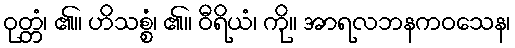
ဝုတ္တံ၊ ၏။ ဟိသစ္စံ၊ ၏။ ဝီရိယံ၊ ကို။ အာရလဘနကဝသေန၊